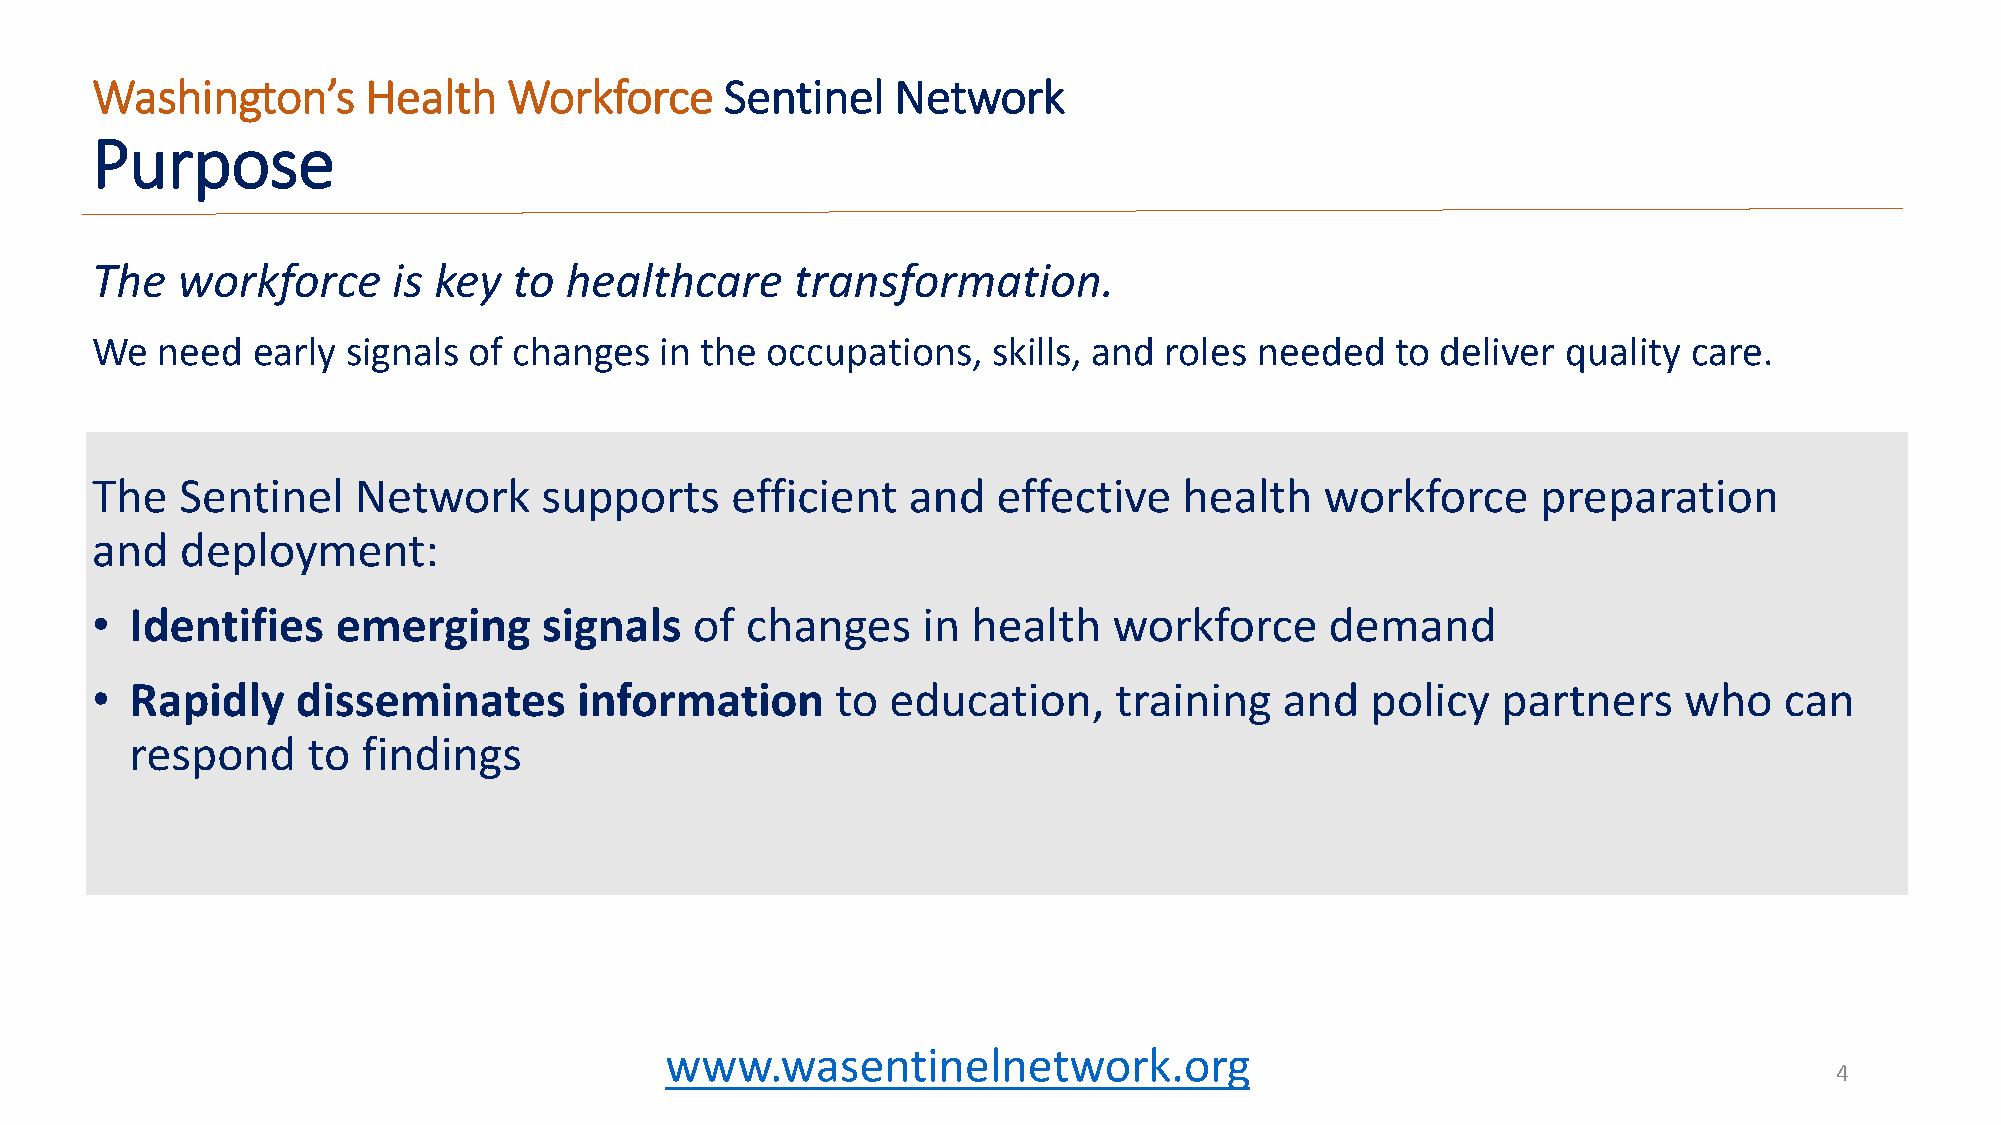
Washington’s      Health    Workforce     Sentinel   Network
 Purpose
 The   workforce     is key  to healthcare      transformation.
 We  need   early signals of changes   in the occupations,   skills, and roles needed  to deliver  quality care.
 The   Sentinel   Network      supports    efficient   and   effective   health    workforce     preparation
 and   deployment:
 •  Identifies   emerging      signals   of changes     in health    workforce     demand
 •  Rapidly    disseminates      information      to  education,     training   and   policy  partners    who    can
 respond    to  findings
 www.wasentinelnetwork.org
 4